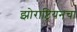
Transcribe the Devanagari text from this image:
झोराष्ट्रियनचा